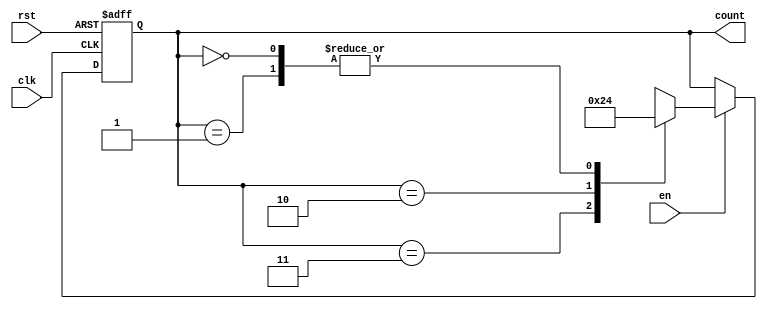
module down_counter (
    input wire clk,            // Clock signal
    input wire rst,            // Asynchronous reset signal
    input wire en,            // Enable signal
    output reg [1:0] count     // Counter output (2 bits for counting down from 3)
);

// State encoding
localparam S3 = 2'b11; // State 3
localparam S2 = 2'b10; // State 2
localparam S1 = 2'b01; // State 1
localparam S0 = 2'b00; // State 0

// Current state register
reg [1:0] state;

// Sequential logic for state transition
always @(posedge clk or posedge rst) begin
    if (rst) begin
        state <= S3; // Reset to S3
    end else if (en) begin
        // Transition to the next lower state if enabled
        case (state)
            S3: state <= S2;
            S2: state <= S1;
            S1: state <= S0;
            S0: state <= S0; // Remain in S0
            default: state <= S3; // Default case (should not occur)
        endcase
    end
end

// Output logic: current state is the count
always @(*) begin
    count = state; // Output the current state value
end

endmodule